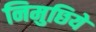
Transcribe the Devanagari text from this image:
निमुछिये